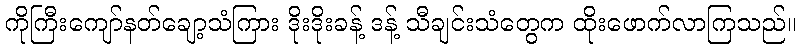
ကိုကြီးကျော်နတ်ချော့သံကြား ဒိုးဒိုးခန့် ဒန့် သီချင်းသံတွေက ထိုးဖောက်လာကြသည်။